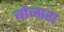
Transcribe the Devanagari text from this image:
बोजारा